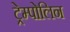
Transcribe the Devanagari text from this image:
ट्रेम्पोलिन